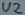
Text: U2